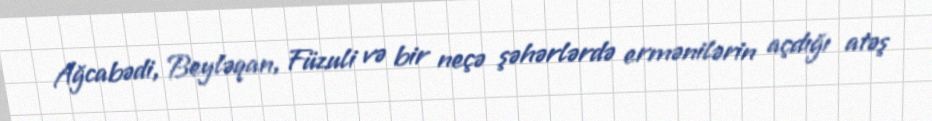
Ağcabədi, Beyləqan, Füzuli və bir neçə şəhərlərdə ermənilərin açdığı atəş